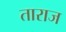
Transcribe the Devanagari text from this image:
ताराज